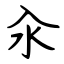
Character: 汆